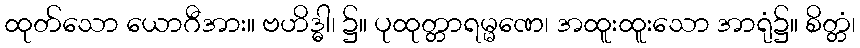
ထုတ်သော ယောဂီအား။ ဗဟိဒ္ဓါ၊ ၌။ ပုထုတ္တာရမ္မဏေ၊ အထူးထူးသော အာရုံ၌။ စိတ္တံ၊